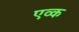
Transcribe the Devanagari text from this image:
एव्क